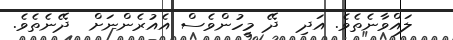
ލައްވާނެތެވެ. އަދި  ދޭ މީހުންވެސް އެއުރެންނަށް  ދޭނެތެވެ.